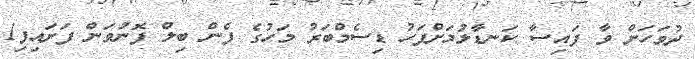
ދުވަހަށް ވާ ފައިސާ ކަނޑާލުމަށްފަހު ޑިސެމްބަރު މަހުގެ ފެން ބިލް ފޮނުވަން ފަށައިފި1